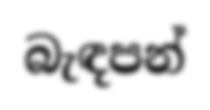
බැඳපන්